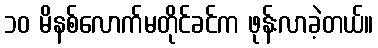
၁၀ မိနစ်လောက်မတိုင်ခင်က ဖုန်းလာခဲ့တယ်။